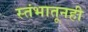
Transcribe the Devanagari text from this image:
स्तंभातूनही